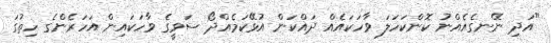
"އަދި ނޭނގެއެއްނު ކޮންކަހަލަ ވާހަކައެއް ދައްކަން އުޅޭކަމެއްދޯ ސަވީގެ ވާހަކައިން އަހަރެންގެ ހިތުގަ